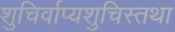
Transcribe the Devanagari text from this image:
शुचिर्वाप्यशुचिस्तथा